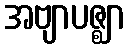
အဗျာပဇ္ဈာ